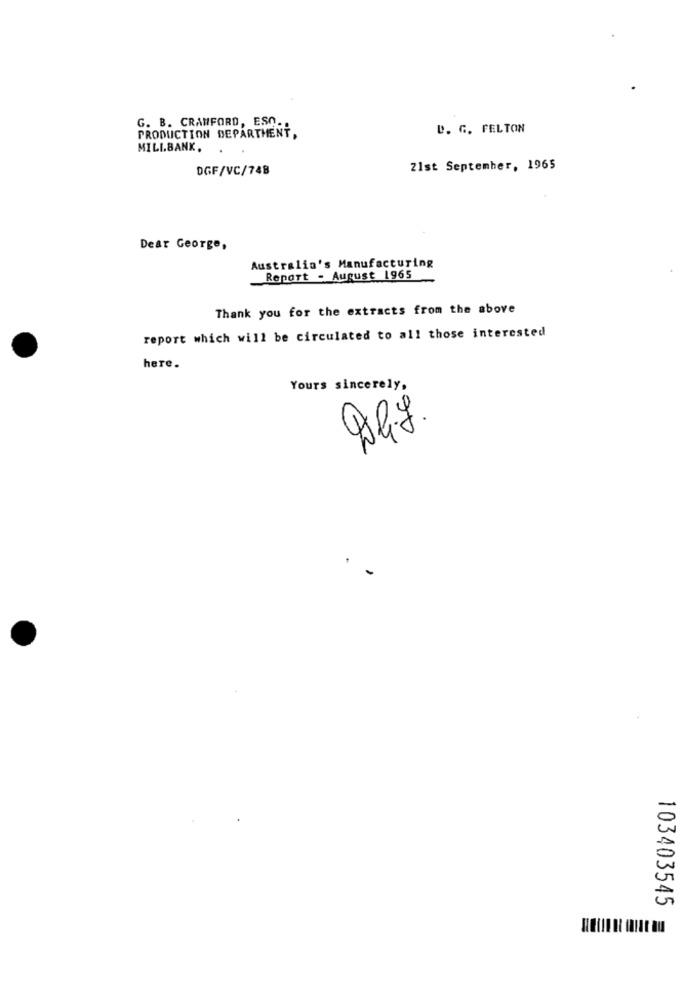
G. B. CRAWFORD, ESO.
D. G. FELTON
PRODUCTION DEPARTMENT,
MILLBANK.
DGF/VC/74B
21st September, 1965
Dear George,
Australia's Manufacturing
Repart - August 1965
Thank you for the extracts from the above
report which will be circulated to all those interested
here.
Yours sincerely,
103403545